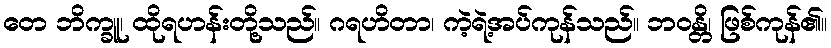
တေ ဘိက္ခူ၊ ထိုရဟန်းတို့သည်။ ဂရဟိတာ၊ ကဲ့ရဲ့အပ်ကုန်သည်။ ဘဝန္တိ၊ ဖြစ်ကုန်၏။